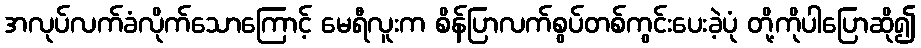
အလုပ်လက်ခံလိုက်သောကြောင့် မေရီလူးက စိန်ပြာလက်စွပ်တစ်ကွင်းပေးခဲ့ပုံ တို့ကိုပါပြောဆို၍